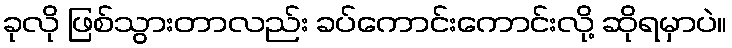
ခုလို ဖြစ်သွားတာလည်း ခပ်ကောင်းကောင်းလို့ ဆိုရမှာပဲ။